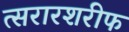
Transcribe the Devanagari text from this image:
त्सरारशरीफ